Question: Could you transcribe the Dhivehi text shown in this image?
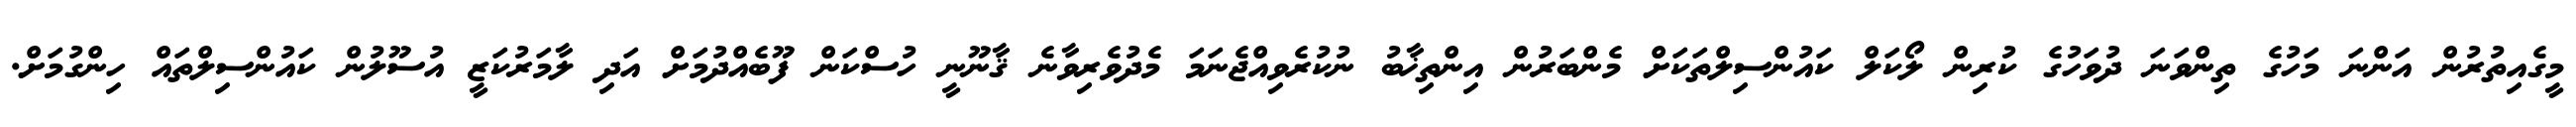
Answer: މީގެއިތުރުން އަންނަ މަހުގެ ތިންވަނަ ދުވަހުގެ ކުރިން ލޯކަލް ކައުންސިލްތަކަށް މެންބަރުން އިންތިޚާބު ނުކުރެވިއްޖެނަމަ މެދުވެރިވާނެ ޤާނޫނީ ހުސްކަން ފޫބެއްދުމަށް އަދި ލާމަރުކަޒީ އުސޫލުން ކައުންސިލްތައް ހިންގުމަށް.